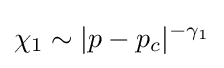
\chi _{1}\sim |p-p_{c}|^{-\gamma _{1}}